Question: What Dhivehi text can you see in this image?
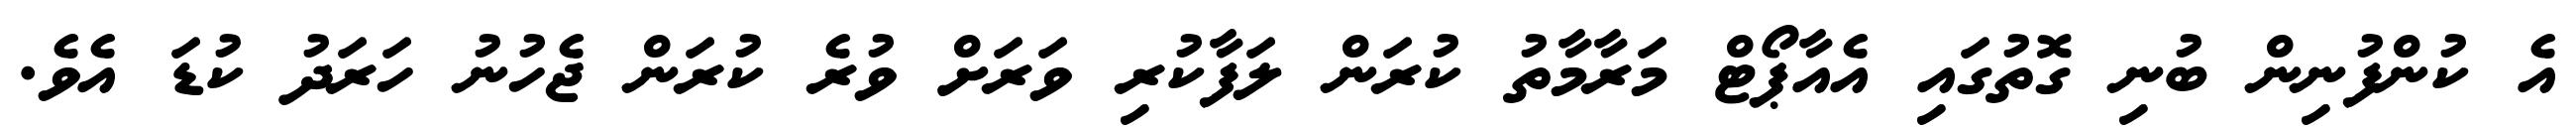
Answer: އެ ކުންފުނިން ބުނި ގޮތުގައި އެއާޕޯޓް މަރާމާތު ކުރަން ލަފާކުރި ވަރަށް ވުރެ ކުރަން ޖެހުނު ހަރަދު ކުޑަ އެވެ.